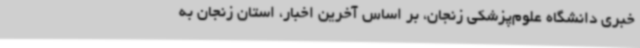
خبری دانشگاه علوم‌پزشکی زنجان، بر اساس آخرین اخبار، استان زنجان به